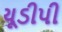
યૂડીપી